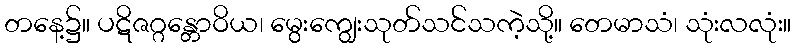
တနေ့၌။ ပဋိဇဂ္ဂန္တောဝိယ၊ မွေးကျွေးသုတ်သင်သကဲ့သို့။ တေမာသံ၊ သုံးလလုံး။